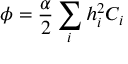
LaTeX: \phi = \frac { \alpha } { 2 } \sum _ { i } h _ { i } ^ { 2 } C _ { i }